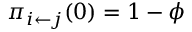
\pi _ { i \leftarrow j } ( 0 ) = 1 - \phi